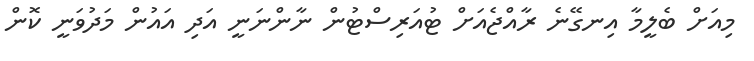
މިއަށް ބެލީމާ އިނގޭނެ ރާއްޖެއަށް ޓުއަރިސްޓުން ނާންނަނީ އަދި އައުން މަދުވަނީ ކޮން